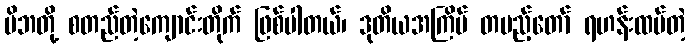
မိဘတို့ စတည်တဲ့ကျောင်းတိုက် ဖြစ်ပါတယ်၊ ဒုတိယအကြိမ် တပည့်တော် ရဟန်းထပ်တဲ့